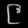
Digit: ၉